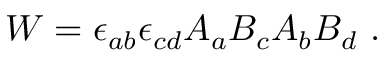
{ \cal W } = \epsilon _ { a b } \epsilon _ { c d } A _ { a } B _ { c } A _ { b } B _ { d } ~ .